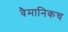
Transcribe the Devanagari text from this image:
वैमानिकच